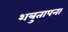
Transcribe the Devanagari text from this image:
शत्रुतापना